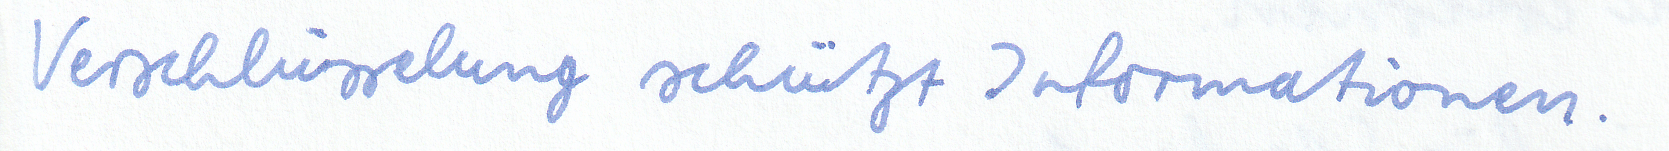
Verschlüsselung schützt Informationen.